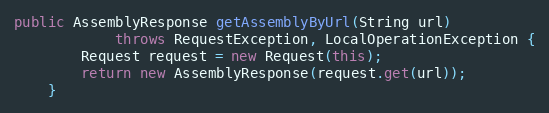
Language: Java
public AssemblyResponse getAssemblyByUrl(String url)
            throws RequestException, LocalOperationException {
        Request request = new Request(this);
        return new AssemblyResponse(request.get(url));
    }